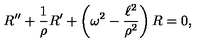
R ^ { \prime \prime } + \frac { 1 } { \rho } R ^ { \prime } + \left( \omega ^ { 2 } - \frac { \ell ^ { 2 } } { \rho ^ { 2 } } \right) R = 0 ,